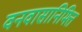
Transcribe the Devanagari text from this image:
वनवासानिमित्त